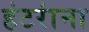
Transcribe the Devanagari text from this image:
हंटरांना